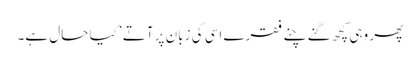
پھر وہی کچھ گنے چنے فقرے اسی کی زبان پر آتے ’کیا حال ہے۔